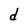
Character: d